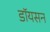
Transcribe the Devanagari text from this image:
डॉयसन